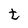
Character: t